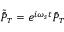
\tilde { \bar { P } } _ { T } = e ^ { i \omega _ { s } t } \bar { P } _ { T }